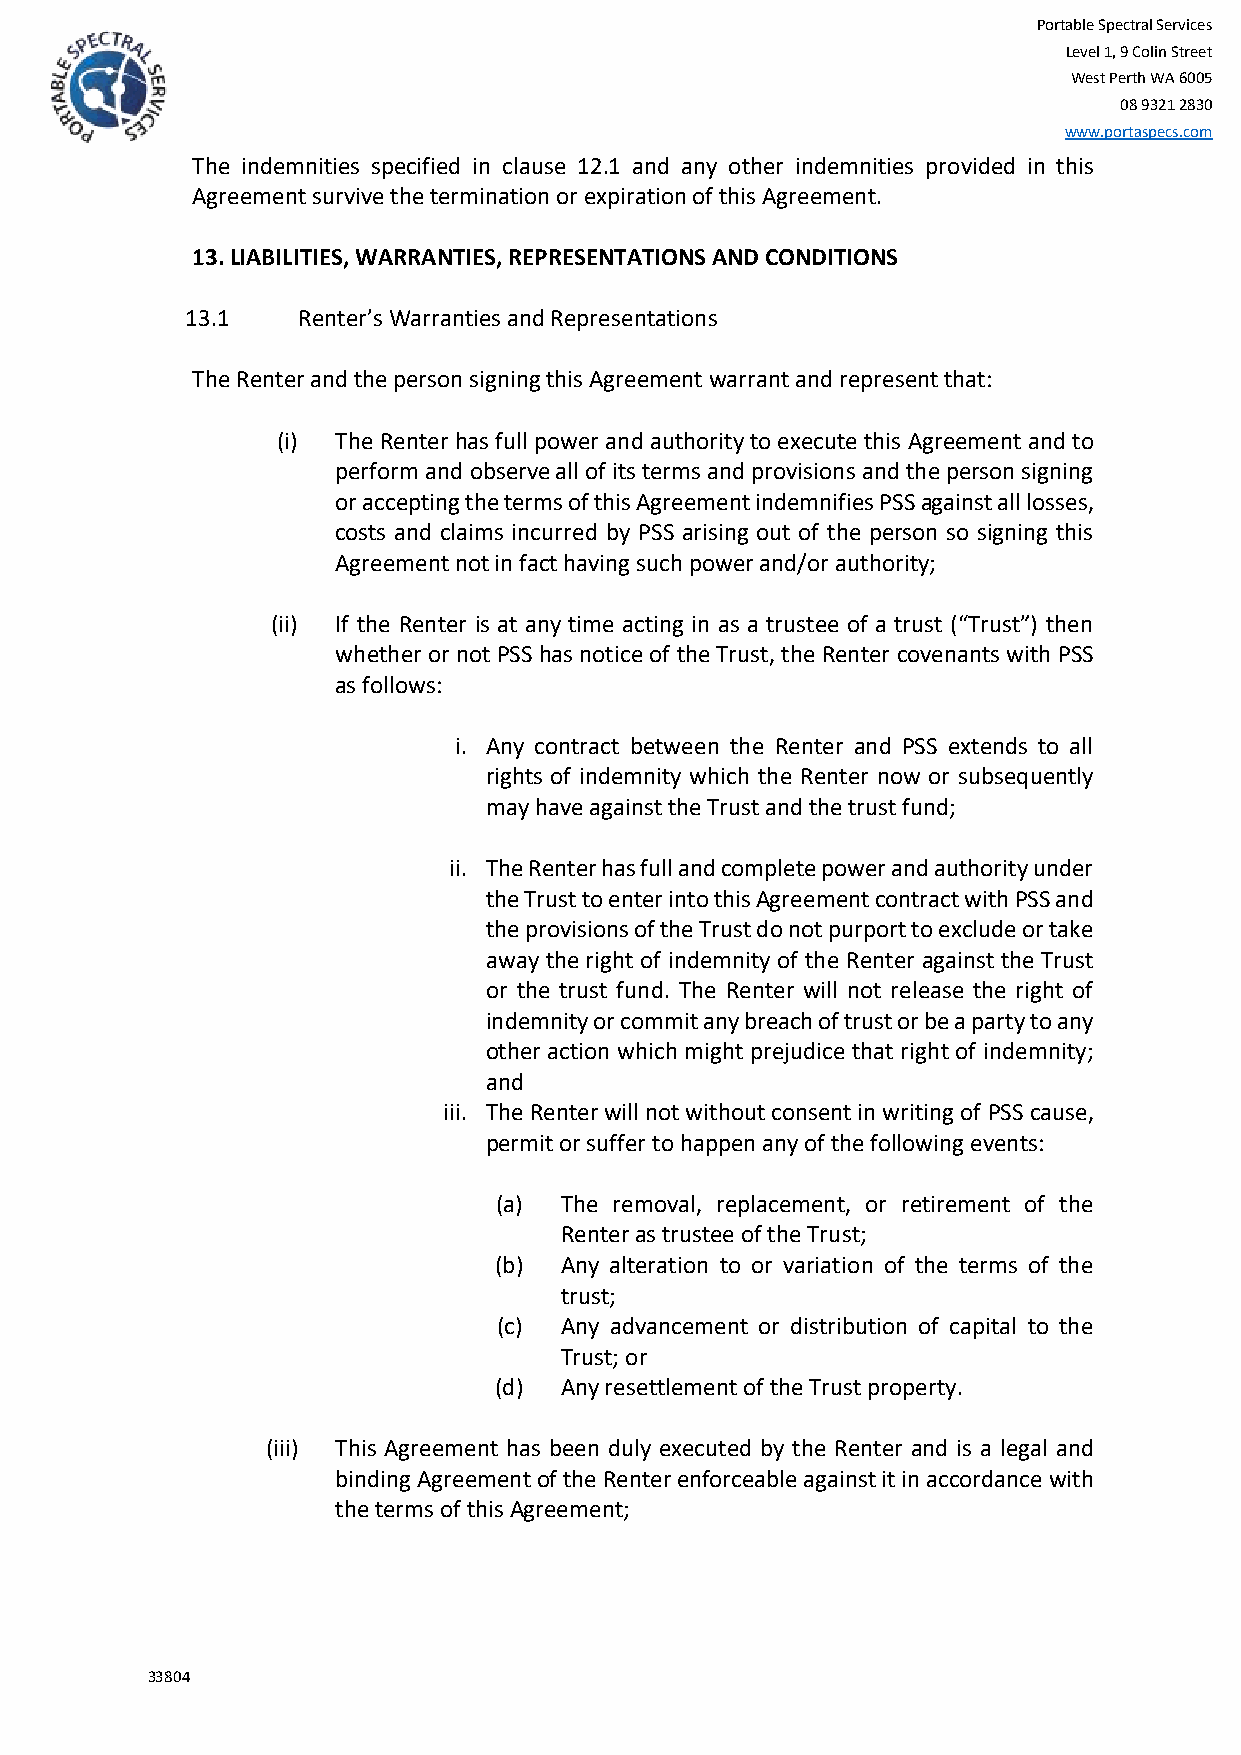
Portable Spectral Services
 Level 1, 9 Colin Street
 West Perth WA 6005
 08 9321 2830
 www.portaspecs.com
 The indemnities specified in clause 12.1 and any other indemnities provided in this
 Agreement survive the termination or expiration of this Agreement.
 13. LIABILITIES, WARRANTIES, REPRESENTATIONS AND CONDITIONS
 13.1    Renter’s Warranties and Representations
 The Renter and the person signing this Agreement warrant and represent that:
 (i) The Renter has full power and authority to execute this Agreement and to
 perform and observe all of its terms and provisions and the person signing
 or accepting the terms of this Agreement indemnifies PSS against all losses,
 costs and claims incurred by PSS arising out of the person so signing this
 Agreement not in fact having such power and/or authority;
 (ii) If the Renter is at any time acting in as a trustee of a trust (“Trust”) then
 whether or not PSS has notice of the Trust, the Renter covenants with PSS
 as follows:
 i. Any contract between the Renter and PSS extends to all
 rights of indemnity which the Renter now or subsequently
 may have against the Trust and the trust fund;
 ii. The Renter has full and complete power and authority under
 the Trust to enter into this Agreement contract with PSS and
 the provisions of the Trust do not purport to exclude or take
 away the right of indemnity of the Renter against the Trust
 or the trust fund. The Renter will not release the right of
 indemnity or commit any breach of trust or be a party to any
 other action which might prejudice that right of indemnity;
 and
 iii. The Renter will not without consent in writing of PSS cause,
 permit or suffer to happen any of the following events:
 (a) The removal, replacement, or retirement of the
 Renter as trustee of the Trust;
 (b) Any alteration to or variation of the terms of the
 trust;
 (c) Any advancement or distribution of capital to the
 Trust; or
 (d) Any resettlement of the Trust property.
 (iii) This Agreement has been duly executed by the Renter and is a legal and
 binding Agreement of the Renter enforceable against it in accordance with
 the terms of this Agreement;
 33804